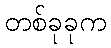
တစ်ခုခုက